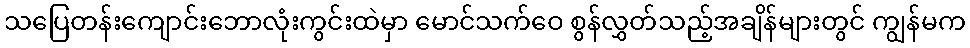
သပြေတန်းကျောင်းဘောလုံးကွင်းထဲမှာ မောင်သက်ဝေ စွန်လွှတ်သည့်အချိန်များတွင် ကျွန်မက